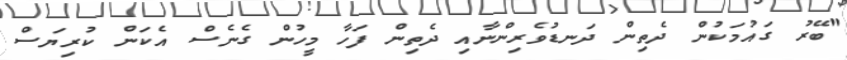
"ބޭރު ގައުމަކުން ދެތިން ދަނޑުވެރިންނާއި ދެތިން ފަހާ މީހުން ގެނެސް އެކަން ކުރިޔަސް